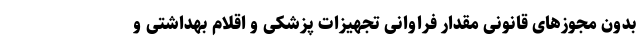
بدون مجوزهای قانونی مقدار فراوانی تجهیزات پزشکی و اقلام بهداشتی و